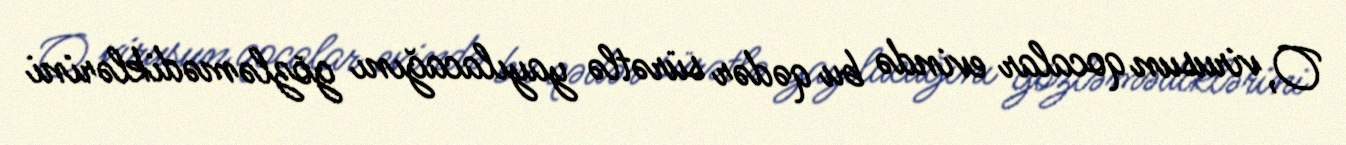
O, virusun qocalar evində bu qədər sürətlə yayılacağını gözləmədiklərini